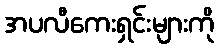
အပလီကေးရှင်းများကို